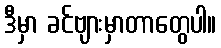
ဒီမှာ ခင်ဗျားမှာတာတွေပါ။